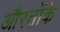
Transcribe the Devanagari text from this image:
औरतोंके